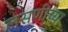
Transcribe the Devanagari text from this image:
लसणीच्या